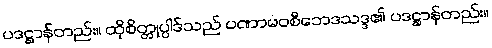
ပဒဋ္ဌာန်တည်း။ ထိုစိတ္တုပ္ပါဒ်သည် ပဏာမဝစီဘေဒသဒ္ဒ၏ ပဒဋ္ဌာန်တည်း။